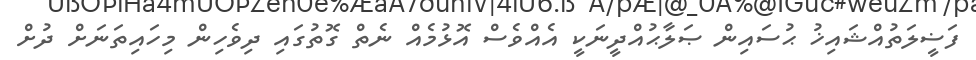
ފަޟީލަތުއްޝައިޚު ޙުސައިން ޞަލާޙުއްދީނަކީ އެއްވެސް އޮޅުމެއް ނެތް ގޮތުގައި ދިވެހިން މިހައިތަނަށް ދުށް